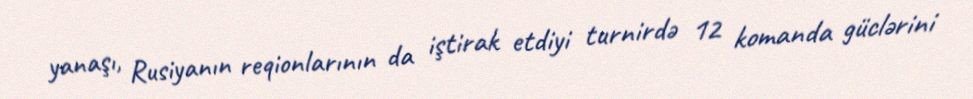
yanaşı, Rusiyanın reqionlarının da iştirak etdiyi turnirdə 12 komanda güclərini